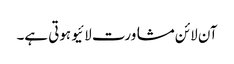
آن لائن مشاورت لائیو ہوتی ہے۔